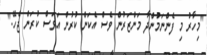
"މިހާރު މި ފެންނަމުންދާ މަންޒަރުން ވެސް އެކަން ކުރުން އަވަސް ކުރަން ޖެހޭ."